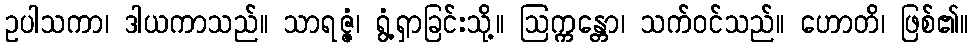
ဥပါသကာ၊ ဒါယကာသည်။ သာရဇ္ဇံ၊ ရွံ့ရှာခြင်းသို့။ ဩက္ကန္တော၊ သက်ဝင်သည်။ ဟောတိ၊ ဖြစ်၏။